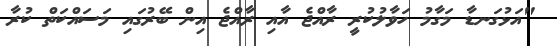
"އަޅުގަނޑާ މަގާމު ހަވާލުކުރީ ރާއްޖެ އާއި ރާއްޖެ އިން ބޭރުގައި މަސައްކަތް ކުރާ